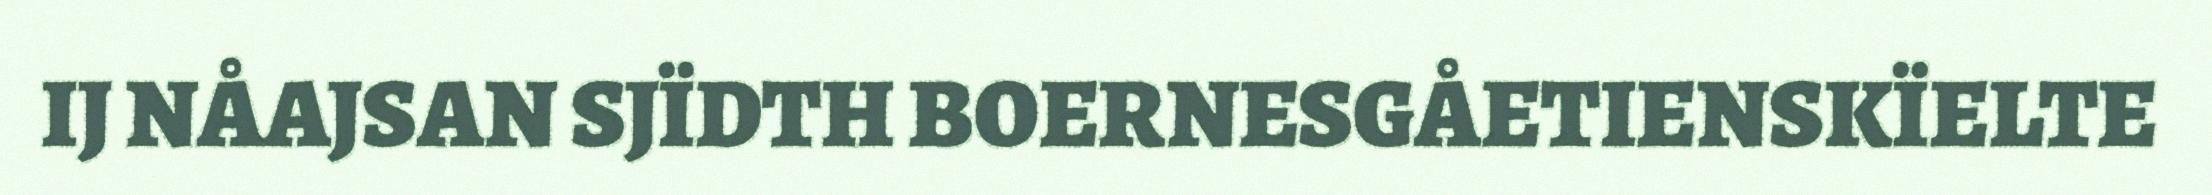
IJ NÅAJSAN SJÏDTH BOERNESGÅETIENSKÏELTE